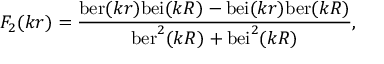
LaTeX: F _ { 2 } ( k r ) = { \frac { \mathrm { b e r } ( k r ) \mathrm { b e i } ( k R ) - \mathrm { b e i } ( k r ) \mathrm { b e r } ( k R ) } { \mathrm { b e r } ^ { 2 } ( k R ) + \mathrm { b e i } ^ { 2 } ( k R ) } } ,